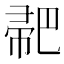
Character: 𢃳